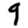
Digit: 9